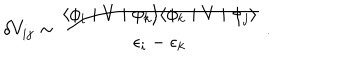
\delta V _ { i j } \sim { \frac { \langle \phi _ { i } \mid V \mid \phi _ { k } \rangle \langle \phi _ { k } \mid V \mid \phi _ { j } \rangle } { \epsilon _ { i } - \epsilon _ { k } } } \; .